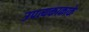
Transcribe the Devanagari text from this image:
उपत्यकाकाके